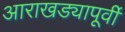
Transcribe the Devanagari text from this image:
आराखड्यापूर्वी